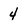
Character: 4